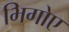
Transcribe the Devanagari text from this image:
भिगोए